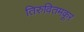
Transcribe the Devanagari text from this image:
तिरुवितमकूर